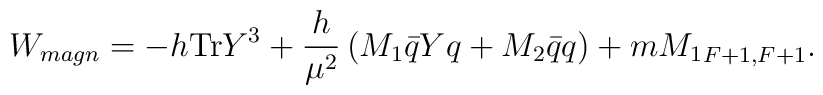
W_{magn}= -h {\rm Tr} Y^3 + \frac{h}{\mu^2}\left( M_1 \bar{q}Yq +M_2 \bar{q}q\right)  +m {M_1}_{F+1,F+1}.